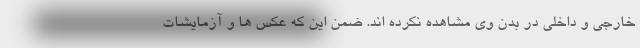
خارجی و داخلی در بدن وی مشاهده نکرده اند. ضمن این که عکس ها و آزمایشات